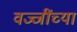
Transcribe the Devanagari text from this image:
वज्जींच्या